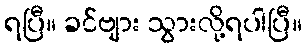
ရပြီ။ ခင်ဗျား သွားလို့ရပါပြီ။